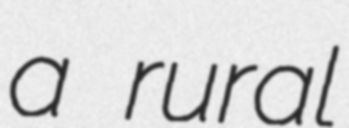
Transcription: a rural